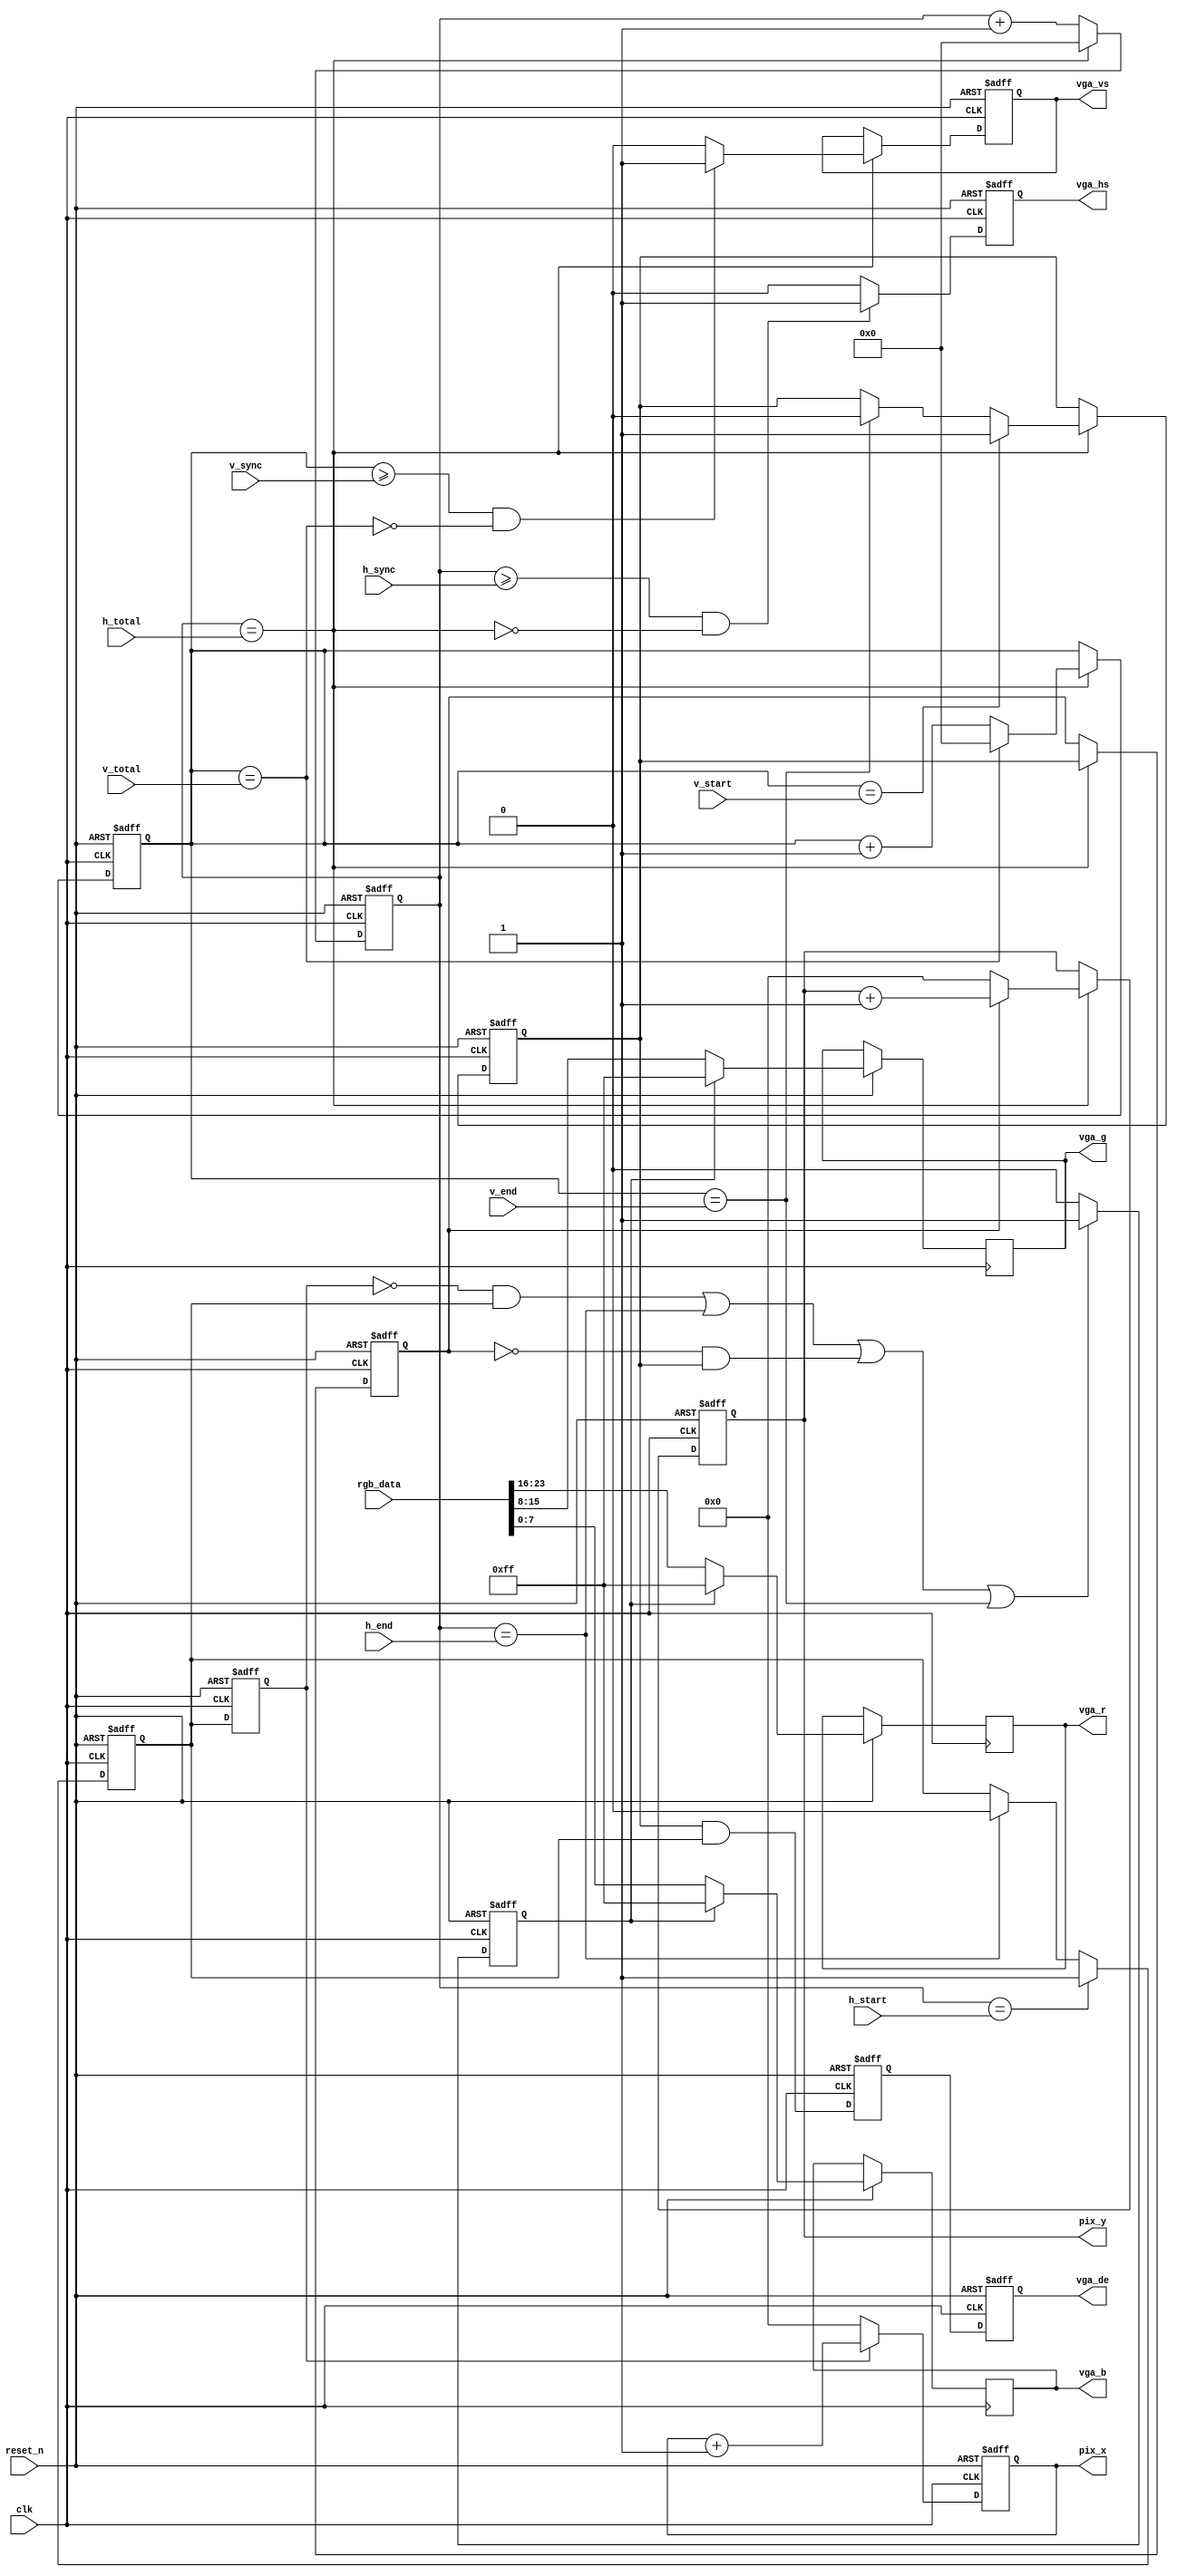
module hdmi_tx(                                    
  input						clk,                
  input						reset_n,                                                
  input			[11:0]	h_total,           
  input			[11:0]	h_sync,           
  input			[11:0]	h_start, // horizontal front porch          
  input			[11:0]	h_end,  // horizontal back porch                                                
  input			[11:0]	v_total,           
  input			[11:0]	v_sync,            
  input			[11:0]	v_start, // vertical front porch           
  input			[11:0]	v_end, // vertival Back Porch
  input         [23:0] rgb_data,
  output    wire [9:0]   pix_x,
  output    wire [9:0]   pix_y,
  
  output	reg				vga_hs,             
  output	reg				vga_vs,           
  output	reg				vga_de,
  output	reg	[7:0]		vga_r,
  output	reg	[7:0]		vga_g,
  output	reg	[7:0]		vga_b                                                 
);

//=======================================================
//  Signal declarations
//=======================================================
reg	[11:0]	h_count;
reg	[9:0]		pixel_x, pixel_y;

reg	[11:0]	v_count;
reg				h_act; 
reg				h_act_d;
reg				v_act; 
reg				v_act_d; 
reg				pre_vga_de;
wire				h_max, hs_end, hr_start, hr_end;
wire				v_max, vs_end, vr_start, vr_end;
reg				boarder;
reg	[3:0]		color_mode;

//=======================================================
//  Structural coding
//=======================================================
assign h_max = h_count == h_total;
assign hs_end = h_count >= h_sync;
assign hr_start = h_count == h_start; 
assign hr_end = h_count == h_end;
assign v_max = v_count == v_total;
assign vs_end = v_count >= v_sync;
assign vr_start = v_count == v_start; 
assign vr_end = v_count == v_end;
assign pix_x = pixel_x;
assign pix_y = pixel_y;
//horizontal control signals
always @ (posedge clk or negedge reset_n)
	if (!reset_n)
	begin
		h_act_d	<=	1'b0;
		h_count	<=	12'b0;
		pixel_x	<=	0;
		
		vga_hs	<=	1'b1;
		h_act		<=	1'b0;
	end
	else
	begin
		h_act_d	<=	h_act;

		if (h_max)
			h_count	<=	12'b0;
		else
			h_count	<=	h_count + 12'b1;

		if (h_act_d)
			pixel_x	<=	pixel_x + 1'b1;
		else
			pixel_x	<=	0;

		if (hs_end && !h_max)
			vga_hs	<=	1'b1;
		else
			vga_hs	<=	1'b0;

		if (hr_start)
			h_act		<=	1'b1;
		else if (hr_end)
			h_act		<=	1'b0;
	end

//vertical control signals
always@(posedge clk or negedge reset_n)
	if(!reset_n)
	begin
		v_act_d		<=	1'b0;
		v_count		<=	12'b0;
		vga_vs		<=	1'b1;
		v_act			<=	1'b0;
		color_mode	<=	4'b0;
		pixel_y <= 0;
	end
	else 
	begin		
		if (h_max)
		begin		  
			v_act_d	  <=	v_act;
		  
			if (v_max)
				v_count	<=	12'b0;
			else
				v_count	<=	v_count + 12'b1;

			if (vs_end && !v_max)
				vga_vs	<=	1'b1;
			else
				vga_vs	<=	1'b0;
			
			if(v_act_d) begin
				pixel_y <= pixel_y + 1'b1;
			end
			else
				pixel_y <= 0;

			if (vr_start)
				v_act <=	1'b1;
			else if (vr_end)
				v_act <=	1'b0;

		end
	end

//pattern generator and display enable
always @(posedge clk or negedge reset_n)
begin
	if (!reset_n)
	begin
		vga_de		<=	1'b0;
		pre_vga_de	<=	1'b0;
		boarder		<=	1'b0;		
	end
	else
	begin
		vga_de		<=	pre_vga_de;
		pre_vga_de	<=	v_act && h_act;
    
		if ((!h_act_d&&h_act) || hr_end || (!v_act_d&&v_act) || vr_end)
			boarder	<=	1'b1;
		else
			boarder	<=	1'b0;   		
		
		if (boarder)
			{vga_r, vga_g, vga_b} <= {8'hFF,8'hFF,8'hFF};
		else begin
			{vga_r, vga_g, vga_b} <= rgb_data;
		end	
			
	end
end	

endmodule